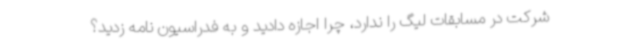
شرکت در مسابقات لیگ را ندارد، چرا اجازه دادید و به فدراسیون نامه زدید؟